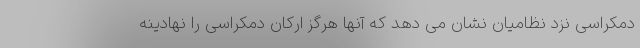
دمکراسی نزد نظامیان نشان می دهد که آنها هرگز ارکان دمکراسی را نهادینه